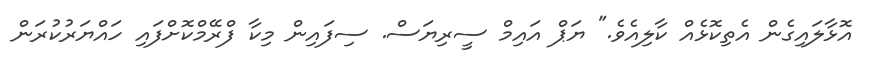
އޮޅާލައިގެން އެތިކޮޅެއް ކާލިއެވެ." ޔަޕް އައިމް ސީރިޔަސް. ސިފައިން މިކާ ފްރޭމްކޮށްފައި ހައްޔަރުކުރަން